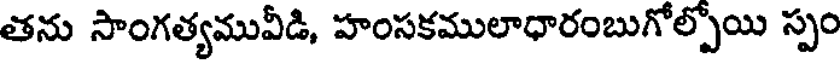
తను సాంగత్యమువీడి, హంసకములాధారంబుగోల్పోయి స్పం